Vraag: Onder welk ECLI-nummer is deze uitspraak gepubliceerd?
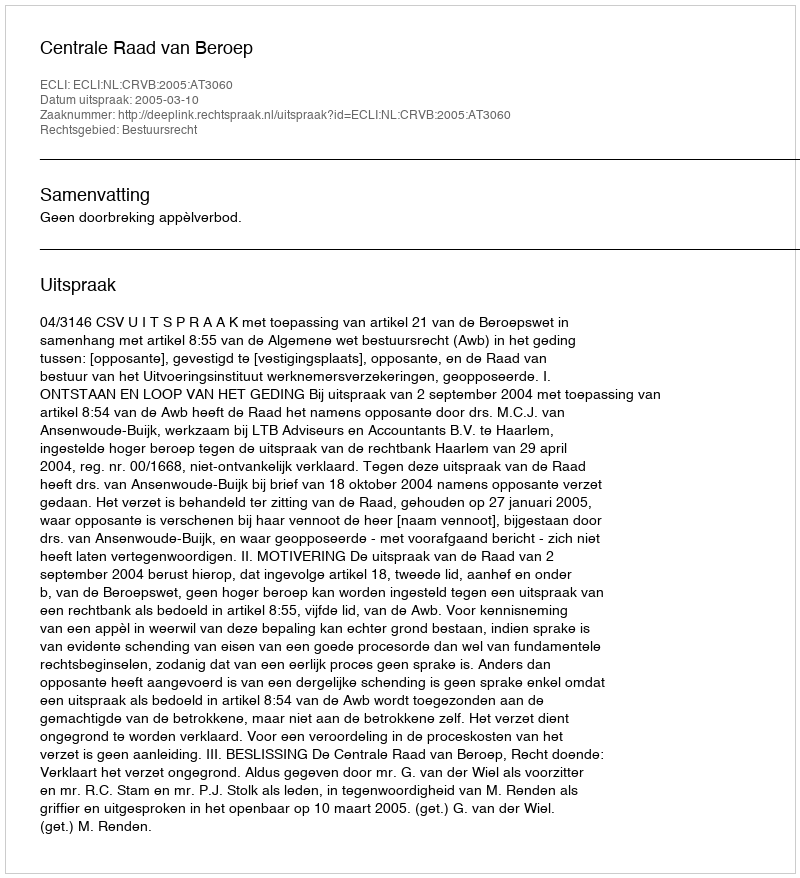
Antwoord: ECLI:NL:CRVB:2005:AT3060